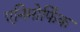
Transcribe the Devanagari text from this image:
एनिमोर्फिक